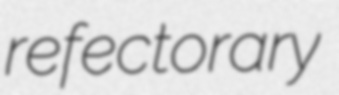
refectorary